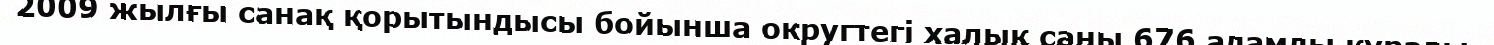
2009 жылғы санақ қорытындысы бойынша округтегі халық саны 676 адамды құрады.